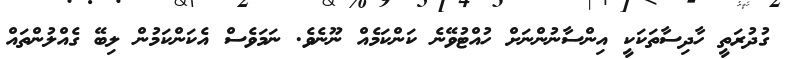
ގުދުރަތީ ހާދިސާތަކަކީ އިންސާނުންނަށް ހުއްޓުވޭނެ ކަންކަމެއް ނޫނެވެ. ނަމަވެސް އެކަންކަމުން ލިބޭ ގެއްލުންތައް